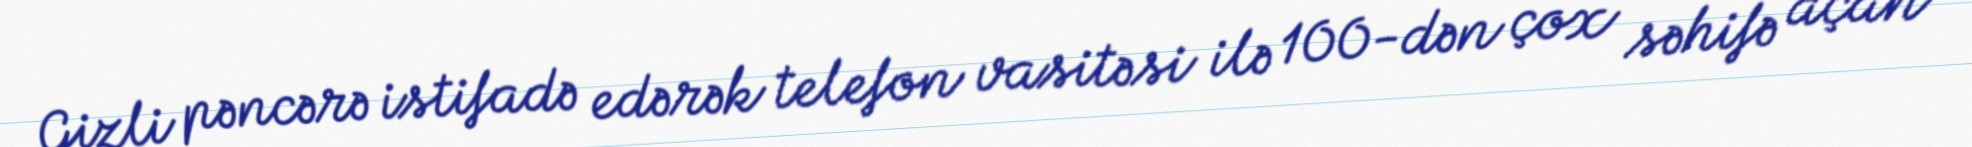
Gizli pəncərə istifadə edərək telefon vasitəsi ilə 100-dən çox səhifə açan